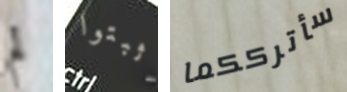
لم اثبتوا سأترككما